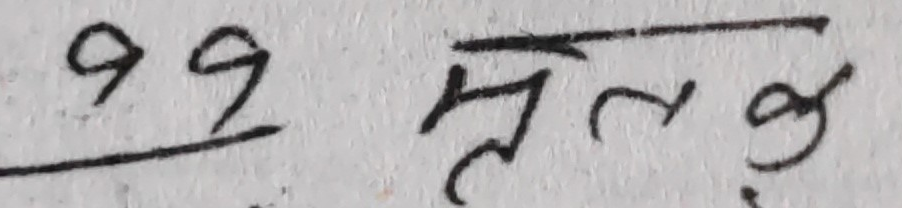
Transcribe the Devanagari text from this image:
११ मूलज्ञ